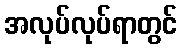
အလုပ်လုပ်ရာတွင်